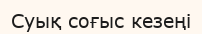
Суық соғыс кезеңі